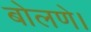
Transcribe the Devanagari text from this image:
बोलणे।